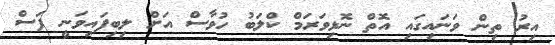
އިރު ތިން ވަނައިގައި އޮތް ނޮޅިވަރަމް ކްލަބު ހުވާސް އަށް ލިބިފައިވަނީ ފަސް